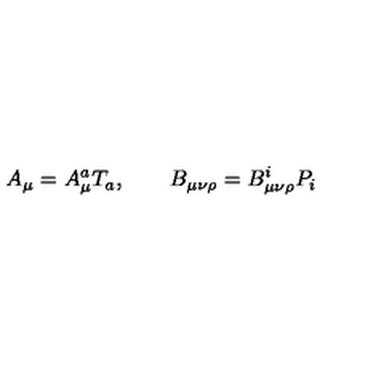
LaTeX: A _ { \mu } = A _ { \mu } ^ { a } T _ { a } , \qquad B _ { \mu \nu \rho } = B _ { \mu \nu \rho } ^ { i } P _ { i }